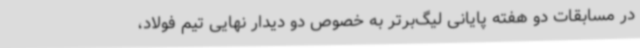
در مسابقات دو هفته پایانی لیگ‌برتر به خصوص دو دیدار نهایی تیم فولاد،